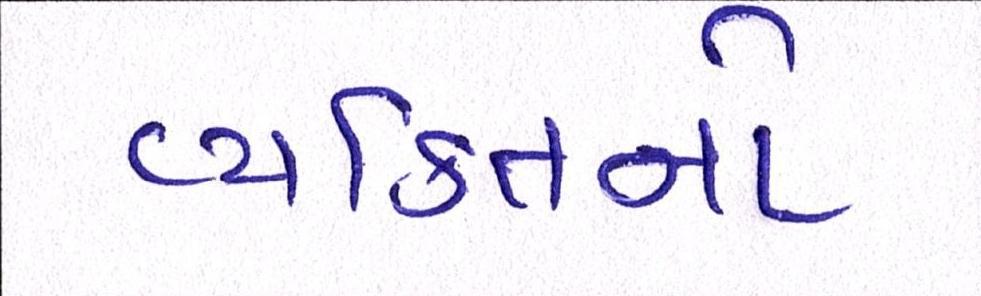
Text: વ્યક્તિનો